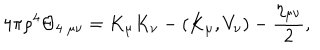
LaTeX: 4 \pi \rho ^ { 4 } \Theta _ { 4 \; \mu \nu } = K _ { \mu } K _ { \nu } - ( K _ { \mu } , V _ { \nu } ) - \frac { \eta _ { \mu \nu } } { 2 } ,